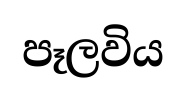
පෑලවිය